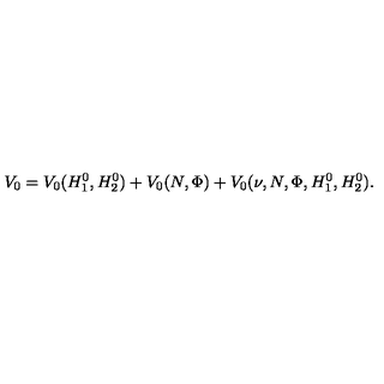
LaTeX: V _ { 0 } = V _ { 0 } ( H _ { 1 } ^ { 0 } , H _ { 2 } ^ { 0 } ) + V _ { 0 } ( N , \Phi ) + V _ { 0 } ( \nu , N , \Phi , H _ { 1 } ^ { 0 } , H _ { 2 } ^ { 0 } ) .